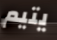
يتيم